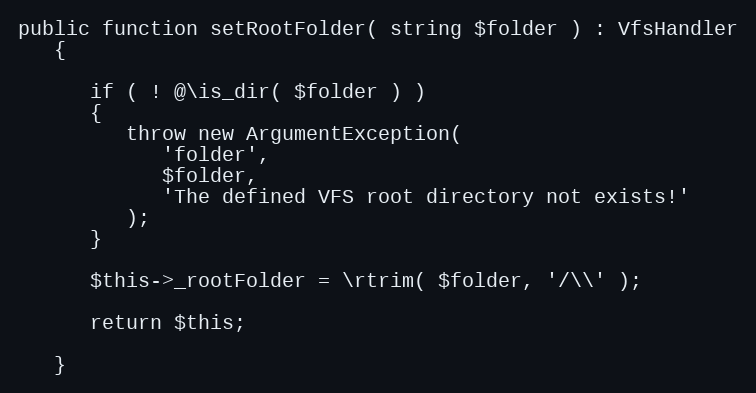
Language: PHP
public function setRootFolder( string $folder ) : VfsHandler
   {

      if ( ! @\is_dir( $folder ) )
      {
         throw new ArgumentException(
            'folder',
            $folder,
            'The defined VFS root directory not exists!'
         );
      }

      $this->_rootFolder = \rtrim( $folder, '/\\' );

      return $this;

   }